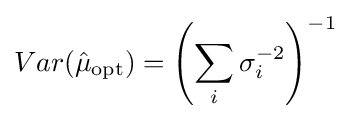
Var({\hat {\mu }}_{\text{opt}})=\left(\sum _{i}\sigma _{i}^{-2}\right)^{-1}